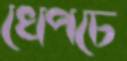
খেপচে